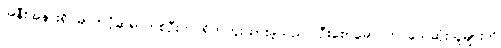
အနီးအနားရှိ ဓာတ်ပုံဆရာတစ်ဦးက ရိုက်ကူးထားခဲ့သည်။ ဦးစောမောင်က သေဆုံးသူများကို